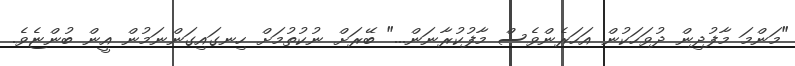
"މަންމަ މާފުދިން ދުވަހަކުން އަހަރެންވެސް މާފުކުރާނަން..." ބޭރަށް ނުކުތުމަށް ހިނގައިގަންނަމުން އީން ބުންޏެވެ.